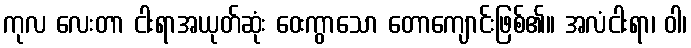
ကုလ လေးတာ ငါးရာအယုတ်ဆုံး ဝေးကွာသော တောကျောင်းဖြစ်၏။ အလံငါးရာ၊ ဝါ၊